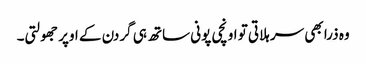
وہ ذرا بھی سر ہلاتی تو اونچی پونی ساتھ ہی گردن کے اوپر جھولتی۔